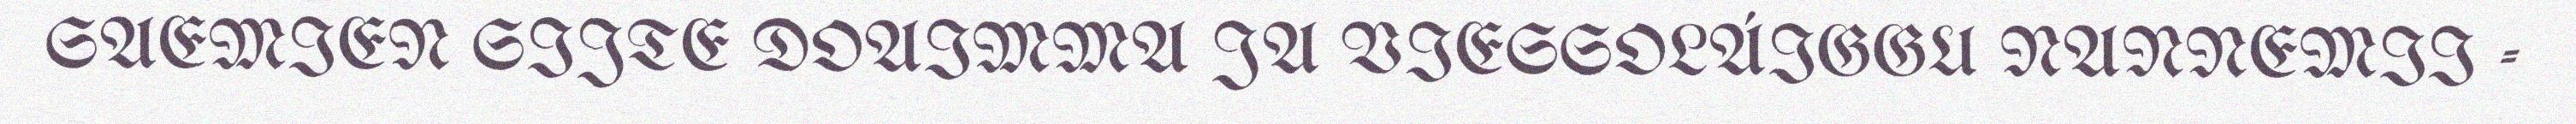
SAEMIEN SIJTE DOAIMMA JA VIESSOLÁIGGU NANNEMII -